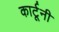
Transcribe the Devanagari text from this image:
कार्टूनी